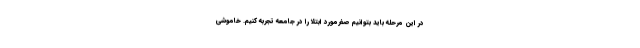
در این مرحله باید بتوانیم صفرمورد ابتلا را در جامعه تجربه کنیم. خاموشی